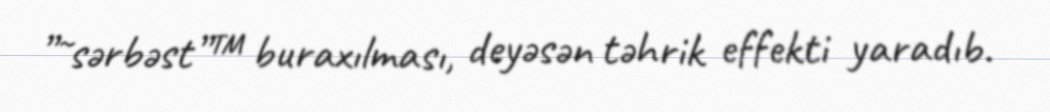
”˜sərbəst”™ buraxılması, deyəsən təhrik effekti yaradıb.